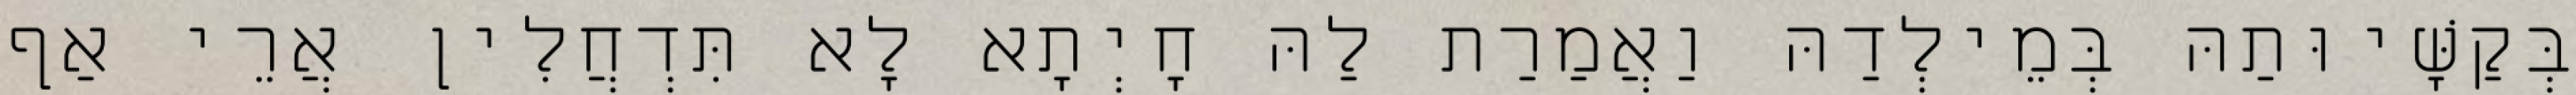
בְּקַשָּׁיוּתַהּ בְּמֵילְדַהּ וַאֲמַרַת לַהּ חָיְתָא לָא תִּדְחֲלִין אֲרֵי אַף